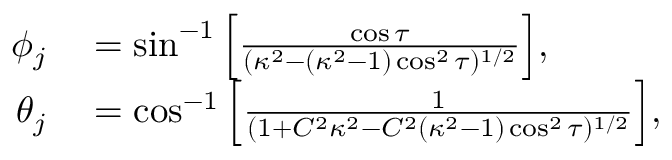
\begin{array} { r l } { \phi _ { j } } & { { } = \sin ^ { - 1 } \Big [ \frac { \cos \tau } { ( \kappa ^ { 2 } - ( \kappa ^ { 2 } - 1 ) \cos ^ { 2 } \tau ) ^ { 1 / 2 } } \Big ] , } \\ { \theta _ { j } } & { { } = \cos ^ { - 1 } \Big [ \frac { 1 } { ( 1 + C ^ { 2 } \kappa ^ { 2 } - C ^ { 2 } ( \kappa ^ { 2 } - 1 ) \cos ^ { 2 } \tau ) ^ { 1 / 2 } } \Big ] , } \end{array}